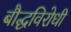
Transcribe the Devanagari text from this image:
बौद्धविरोधी